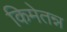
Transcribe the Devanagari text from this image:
किमेतन्न